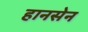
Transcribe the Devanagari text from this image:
हानसेन